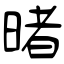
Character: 暏